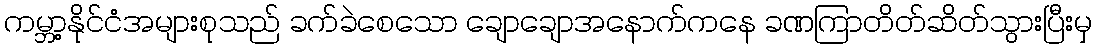
ကမ္ဘာ့နိုင်ငံအများစုသည် ခက်ခဲစေသော ချောချောအနောက်ကနေ ခဏကြာတိတ်ဆိတ်သွားပြီးမှ